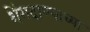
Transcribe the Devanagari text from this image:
शेंगदाण्याच्या